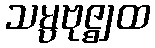
သမ္ပဗုဇ္ဈထ